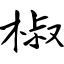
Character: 椒